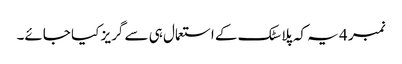
نمبر 4 یہ کہ پلاسٹک کے استعمال ہی سے گریز کیا جائے۔